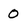
Character: 0